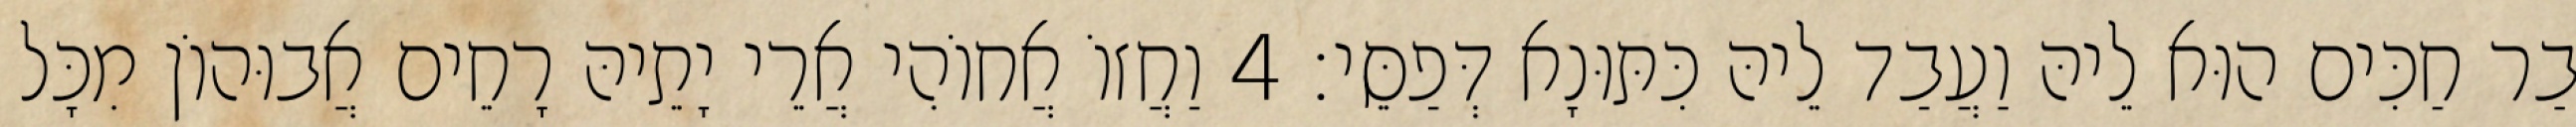
בַר חַכִּים הוּא לֵיהּ וַעֲבַד לֵיהּ כִּתּוּנָא דְּפַסֵּי׃ 4 וַחֲזוֹ אֲחוֹהִי אֲרֵי יָתֵיהּ רָחֵים אֲבוּהוֹן מִכָּל